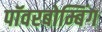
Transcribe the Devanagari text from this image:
पॉवरबोम्बिंग